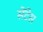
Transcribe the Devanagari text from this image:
सेंटेस